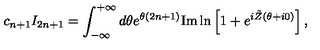
c _ { n + 1 } I _ { 2 n + 1 } = \int _ { - \infty } ^ { + \infty } d \theta e ^ { \theta ( 2 n + 1 ) } { \mathrm { I m } } \ln \left[ 1 + e ^ { i \tilde { Z } ( \theta + i 0 ) } \right] ,